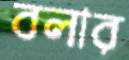
বলার